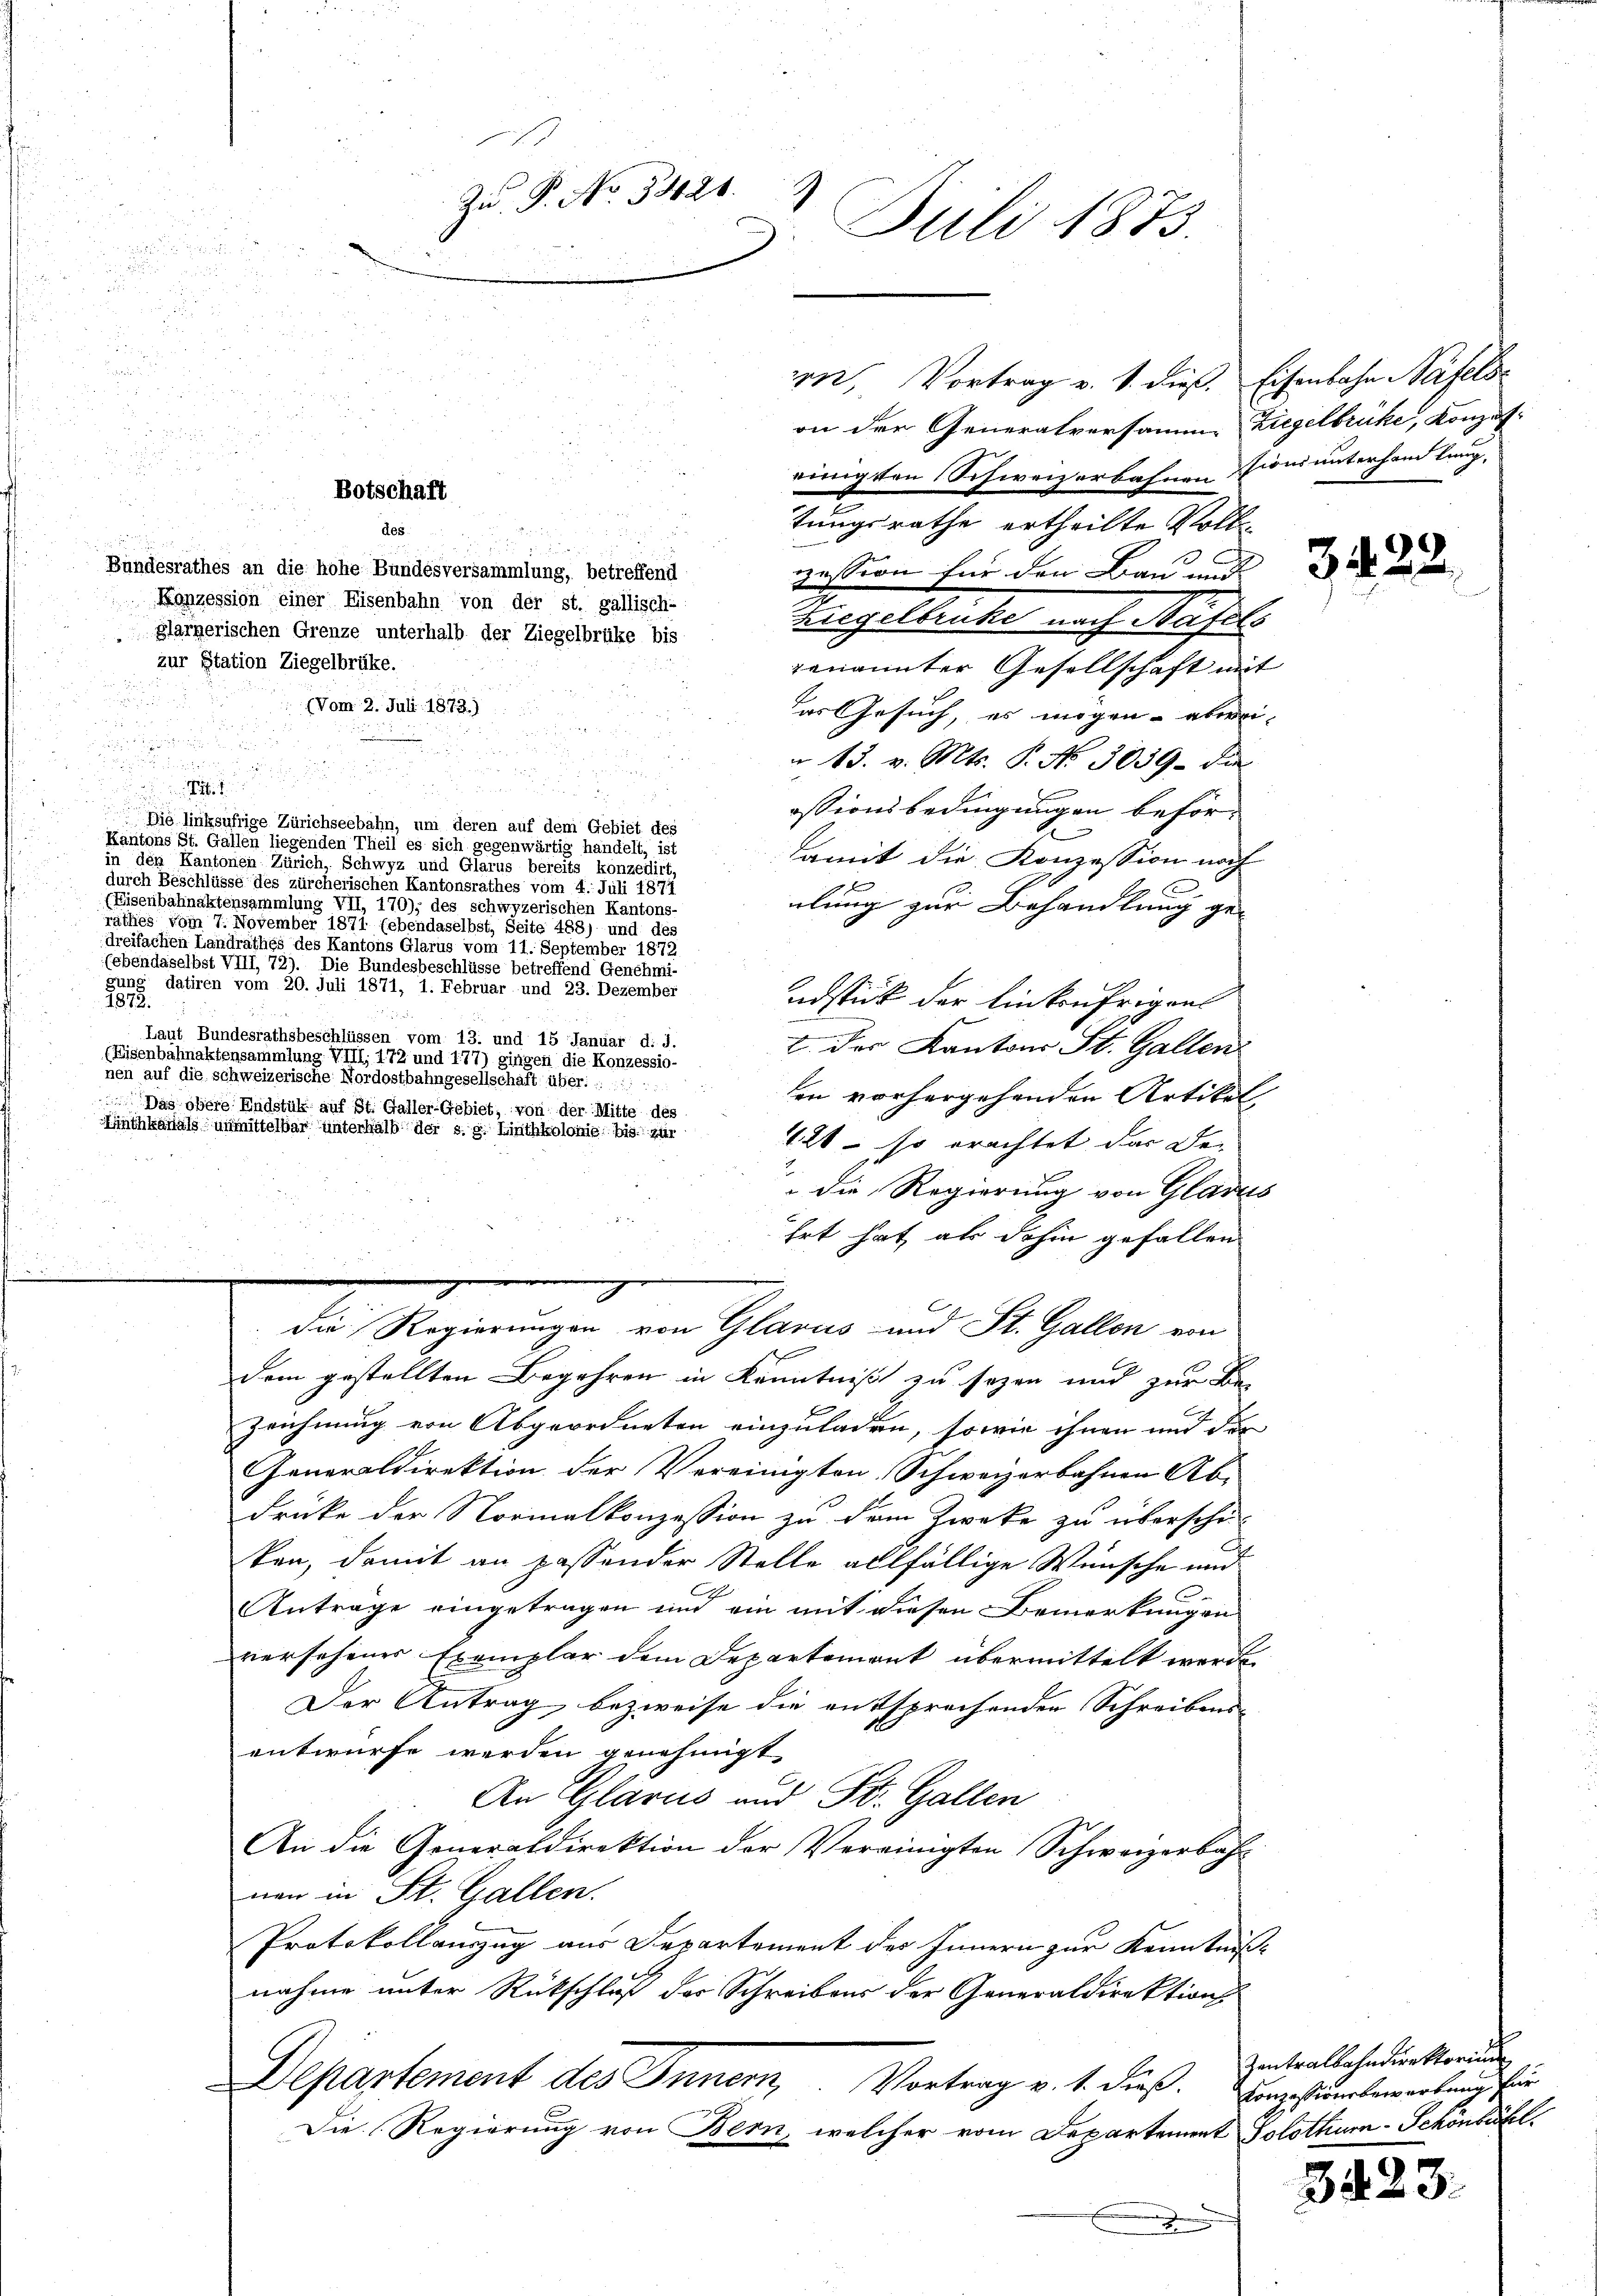
n
n, Vortrag v. 1. dieß. Eisenbahn Näfels
e
n
r
.
d

d
Bundesrathes an die hohe Bundesversammlung, betreffend
vesion für den Bau und
Konzession einer Eisenbahn von der st. gallisch-
Ziegelbrücke nach Näfels
glarperischen Grenze unterhalb der Ziegelbrüke bis
zur Station Ziegelbrüke.
genannter Gesellschaft mi
(Vom 2. Juli 1873.)
das Gesuch, es mögen - abern

u
 13. v. Mts. P. No 3039 die

essionsbedingungen beför¬
Die linksufrige Zürichseebahn, um deren auf dem Gebiet des
Kantons St. Gallen liegenden Theil es sich gegenwärtig handelt,
damit die Konzession noch
                                   eine einen Schwyz und Glarus bereits konzedirt,
durch Beschlüsse des zürcherischen Kantonsrathes vom 4. Seit
lung zur Behandlung ge-
(Eisenbahnaktensammlung Vff. 170), des schwyzerischen Kantons-
s vom 7. November 1871 lebendaselbst, sei und des
dreifachen Landrathes des Kantons Glarus vom 11. September 1872
(ebendaselbst Vif 72). Die Bundesbeschlüsse betreffend Genehmi-
gun Jahren vom 20. Juli 1871, 1. Februar und 23. Dezember
ndstück der Einkaufrigens
787.
  und
Laut Bundesrathsbeschlüssen vom 13. und 15 Januar d. J.
2. des Kantons St. Gallen
(Eisenbahnaktensammlung VIII, 172 und 177) gingen die Konzessio-
nen auf die schweizerische Nordostbahngesellschaft über:
en vorhergehenden Artikel,
 Das obere Endstük auf St. Galler-Gebiet, von der Mitte des
421 – so erachtet das Dei
 die Regierung von Gladen
hrt hat als dahin gefallen
die Regierungen von Glarus und St. Gallen von
dem gestellten Begehren in Kenntniß zu seyen und zur Bezeichnung von Abgeordneten einzuladen, sowie ihnen und der
Generaldirektion der Vereinigten Schweizerbahnen Ab-
drücke der Normalkonzession zu dem Zwecke zu überschei
ken, damit an passender Stelle allfällige Wünsche und
Antrage eingetragen und ein mit diesen Bemerkungen
versehenes Exemplar dem Departement übermittelt werde.
Der Antrag, bezweife die entsprechenden Schreibens-
entwurfe werden genehmigt
An Glarus und St. Gallen
An die Generaldirektion der Vereinigten Schweizerbah
nen in St. Gallen.
Protokollauszug aus Departement des Innern zur Kenntniß
nahme unter Rückschluß des Schreibens der Generaldirektion
Departement des Innern, Vortrag v. 1. dieß. Eingefundenenlung sin
Die Regierung von Bern, welcher vom Departement Solothur-Schönbühl
A

des

Linthkanals unmittelbar unterhalb der s. s. Linthkolonie, bis zur

Zu P. No 5421.
J
Juli 1873.

Botschaft

u

on der Generalversamm
einigten Schweizerbahnen
tungsrathe ertheilte Voll¬

Ziegelbrücke, Konzes:
sionsunterhandlung,

3129

Zentralbahndirektoriu

342.